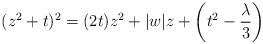
LaTeX: \begin{align*}(z^2+t)^2=(2t)z^2+|w|z+\bigg(t^2-\frac{\lambda}{3}\bigg)\end{align*}